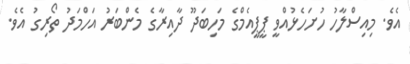
އެވެ. މިއިސްލާހު ހުށަހެޅުއްވީ ޕީޕީއެމްގެ މަހިބަދޫ ދާއިރާގެ މެންބަރު އަހްމަދު ތޯރިގު އެވެ.